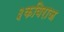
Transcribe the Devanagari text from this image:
३कविराज